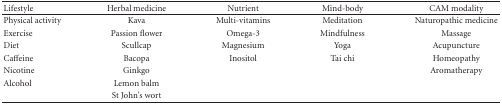
| Lifestyle | Herbal medicine | Nutrient | Mind-body | CAM modality |
 | --- | --- | --- | --- | --- |
 | Physical activity | Kava | Multi-vitamins | Meditation | Naturopathic medicine |
 | Exercise | Passion flower | Omega-3 | Mindfulness | Massage |
 | Diet | Scullcap | Magnesium | Yoga | Acupuncture |
 | Caffeine | Bacopa | Inositol | Tai chi | Homeopathy |
 | Nicotine | Ginkgo |  |  | Aromatherapy |
 | Alcohol | Lemon balm |  |  |  |
 |  | St John's wort |  |  |  |